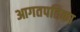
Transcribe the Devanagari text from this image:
आगतपतिका